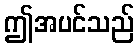
ဤအပင်သည်